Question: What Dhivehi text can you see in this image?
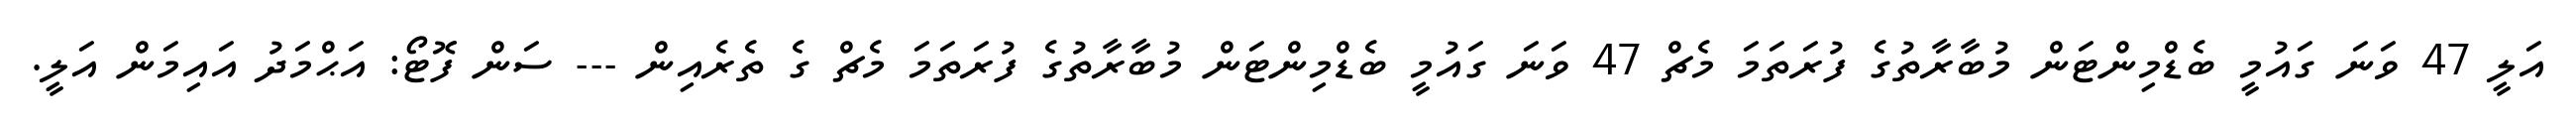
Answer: އަލީ 47 ވަނަ ގައުމީ ބެޑްމިންޓަން މުބާރާތުގެ ފުރަތަމަ މެޗް 47 ވަނަ ގައުމީ ބެޑްމިންޓަން މުބާރާތުގެ ފުރަތަމަ މެޗް ގެ ތެރެއިން --- ސަން ފޮޓޯ: އަޙްމަދު އައިމަން އަލީ.